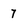
Character: 7